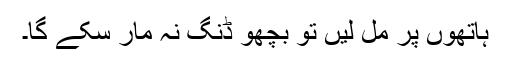
ہاتھوں پر مل لیں تو بچھو ڈنگ نہ مار سکے گا۔